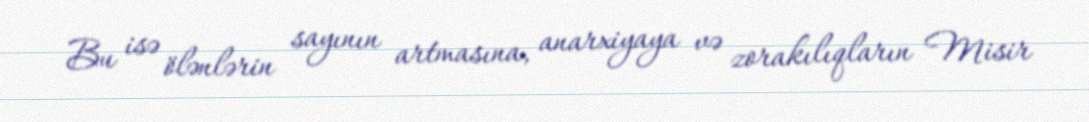
Bu isə ölənlərin sayının artmasına, anarxiyaya və zorakılıqların Misir